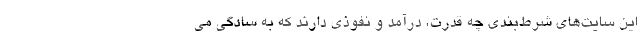
این سایت‌های شرط‌بندی چه قدرت، درآمد و نفوذی دارند که به سادگی می